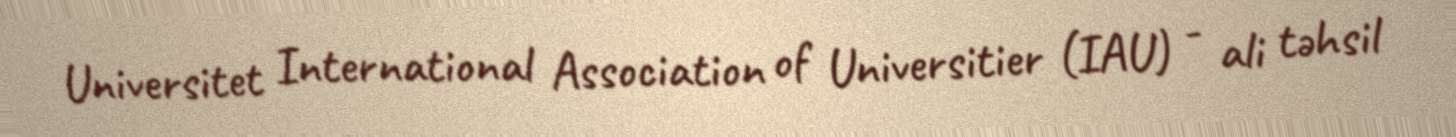
Universitet International Association of Universitier (IAU) - ali təhsil